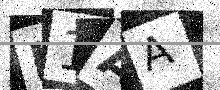
Text: K1AA